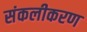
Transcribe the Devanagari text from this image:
संकलीकरण